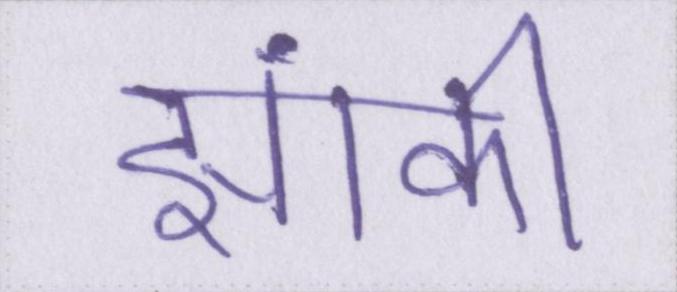
झांकी